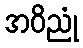
အဝိညုံ